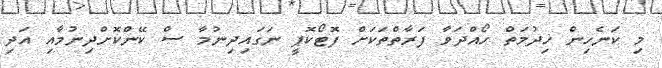
މި ކަނެހިން ޚިދުމަތް ހޯއްދަވާ ފަރާތްތަކަށް ފޮޓޯކޮޕީ ނަގައިދިނުމާ ސް ކޭންކޮށްދިނުމާއި އަދި